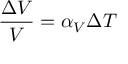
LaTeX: { \frac { \Delta V } { V } } = \alpha _ { V } \Delta T